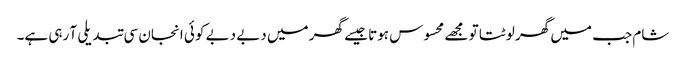
شام جب میں گھر لوٹتا تو مجھے محسوس ہوتا جیسے گھر میں دبے دبے کوئی انجان سی تبدیلی آ رہی ہے۔